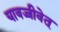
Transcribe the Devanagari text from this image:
यावज्जीवेत्‌